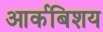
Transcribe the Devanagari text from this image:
आर्कबिशय